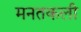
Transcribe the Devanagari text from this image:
मनतकली